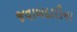
જવાબદારીના